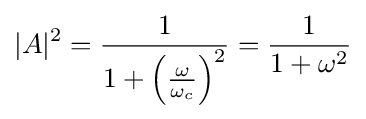
|A|^{2}={\frac {1}{1+\left({\omega  \over \omega _{c}}\right)^{2}}}={\frac {1}{1+\omega ^{2}}}